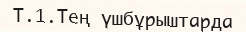
Т.1.Тең үшбұрыштарда